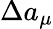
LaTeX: \Delta a_{\mu}